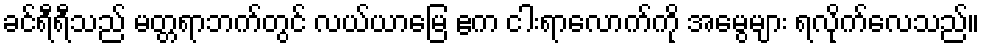
ခင်ရီရီသည် မတ္တရာဘက်တွင် လယ်ယာမြေ ဧက ငါးရာလောက်ကို အမွေများ ရလိုက်လေသည်။